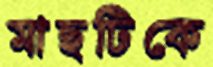
মাছটিকে